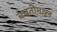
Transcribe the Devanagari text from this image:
बचतीमधून